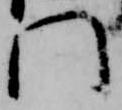
門